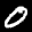
Label: 0